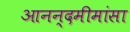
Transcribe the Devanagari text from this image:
आनन्दमीमांसा